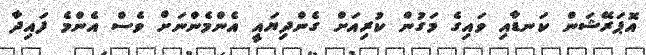
އޮޕަރޭޝަން ކަނޑާއި ވައިގެ މަގުން ކުރިއަށް ގެންދިޔައީ އެންމެންނަށް ވެސް އެންމެ ފައިދާ